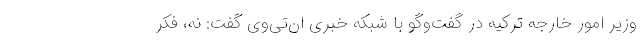
وزیر امور خارجه ترکیه در گفت‌وگو با شبکه خبری ان‌تی‌وی گفت: نه، فکر